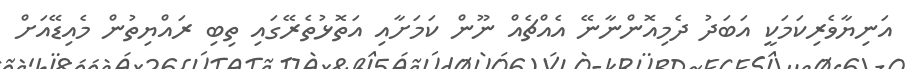
އަނިޔާވެރިކަމަކީ އަބަދު ދެމިއޮންނާނޭ އެއްޗެއް ނޫން ކަމަށާއި އަތޮޅުތެރޭގައި ތިބި ރައްޔިތުން މެއިޑޭއަށް